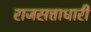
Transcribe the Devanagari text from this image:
राजसत्ताधारी